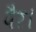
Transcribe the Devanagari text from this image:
पैर।